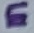
Text: E